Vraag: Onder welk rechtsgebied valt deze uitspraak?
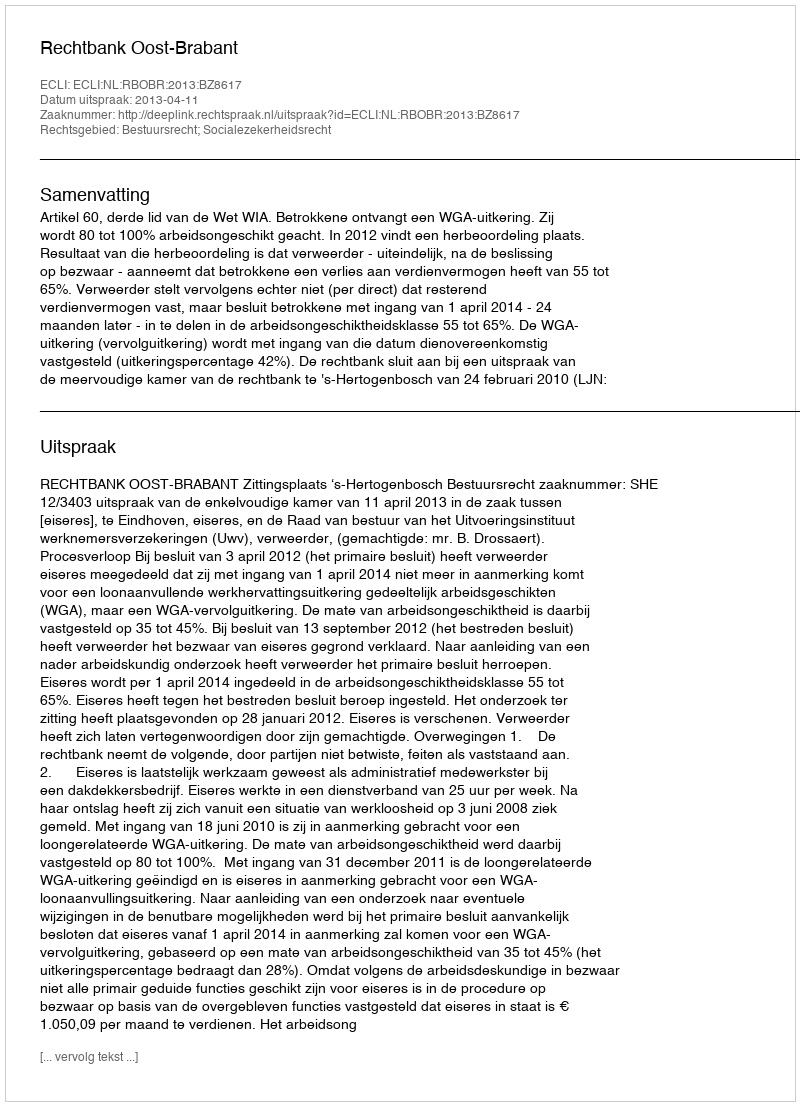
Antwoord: Bestuursrecht; Socialezekerheidsrecht